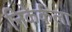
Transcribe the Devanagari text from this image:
निकेर्कला